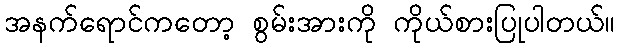
အနက်ရောင်ကတော့ စွမ်းအားကို ကိုယ်စားပြုပါတယ်။